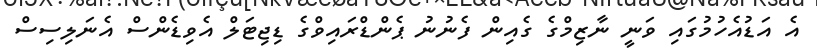
އެ އަޑުއެހުމުގައި ވަނީ ނާޒިމްގެ ގެއިން ފެނުނު ޕެންޑްރައިވްގެ ޑިޖިޓަލް އެވިޑެންސް އެނަލިސިސް